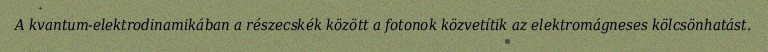
A kvantum-elektrodinamikában a részecskék között a fotonok közvetítik az elektromágneses kölcsönhatást.